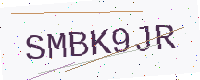
Text: SMBK9JR